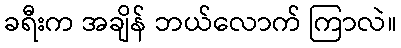
ခရီးက အချိန် ဘယ်လောက် ကြာလဲ။